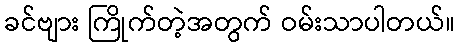
ခင်ဗျား ကြိုက်တဲ့အတွက် ဝမ်းသာပါတယ်။